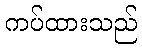
ကပ်ထားသည်